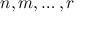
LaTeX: n , m , \ldots , r